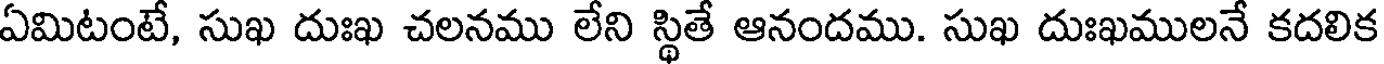
ఏమిటంటే, సుఖ దుఃఖ చలనము లేని స్థితే ఆనందము. సుఖ దుఃఖములనే కదలిక